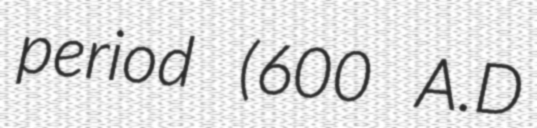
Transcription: period (600 A.D